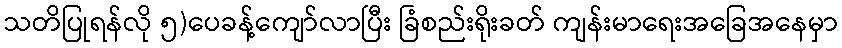
သတိပြုရန်လို ၅)ပေခန့်ကျော်လာပြီး ခြံစည်းရိုးခတ် ကျန်းမာရေးအခြေအနေမှာ